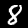
Digit: 8